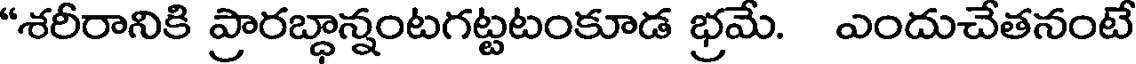
"శరీరానికి ప్రారబ్ధాన్నంటగట్టటంకూడ భ్రమే. ఎందుచేతనంటే